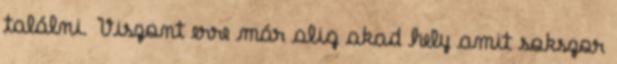
találni. Viszont erre már alig akad hely amit sokszor